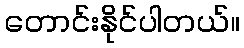
တောင်းနိုင်ပါတယ်။